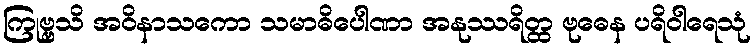
ကြုဗ္ဗသိ အဝိနာသကော သမာဓိပေါဏာ အနုဿရိတ္ထ ဗုဓေန ပရိဝါရေသုံ